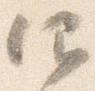
仰